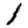
Digit: 1